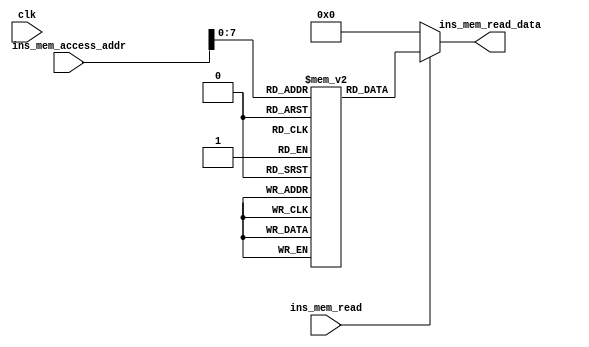
 module instr_memory  
 (  
		input clk,  
      input[15:0]ins_mem_access_addr,  
      input ins_mem_read,  
      output[15:0]ins_mem_read_data  
 );  
 
      reg [15:0] ram [255:0];  

initial
begin
ram[0] = {15'b000000000000000};
ram[1] = {15'b000000000000001};
ram[2] = {15'b000000000000011};
end 
	//and more
      assign ins_mem_read_data = (ins_mem_read==1'b1) ? ram[ins_mem_access_addr]: 16'd0;   
 endmodule